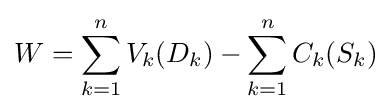
W=\sum _{k=1}^{n}V_{k}(D_{k})-\sum _{k=1}^{n}C_{k}(S_{k})